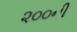
૨૦૦ની